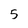
Character: 5